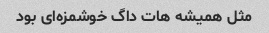
مثل همیشه هات داگ خوشمزه‌ای بود